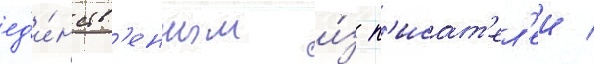
ед'и́нств'енным и́з п'исат'ел'еи /